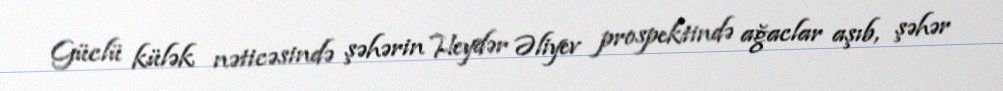
Güclü külək nəticəsində şəhərin Heydər Əliyev prospektində ağaclar aşıb, şəhər